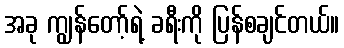
အခု ကျွန်တော့်ရဲ့ ခရီးကို ပြန်စချင်တယ်။